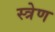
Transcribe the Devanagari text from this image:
स्त्रेण